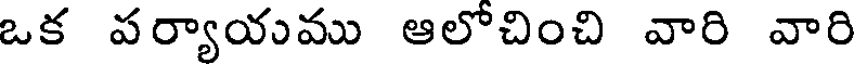
ఒక పర్యాయము ఆలోచించి వారి వారి